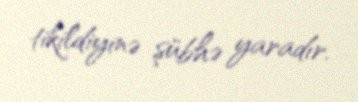
tikildiyinə şübhə yaradır.